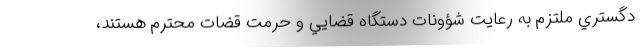
دگستري ملتزم به رعايت شؤونات دستگاه قضايي و حرمت قضات محترم هستند،